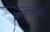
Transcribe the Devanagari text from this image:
साप्तपर्णी